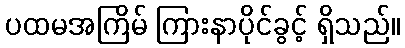
ပထမအကြိမ် ကြားနာပိုင်ခွင့် ရှိသည်။